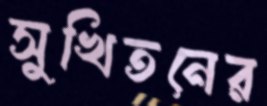
সুখিতনের